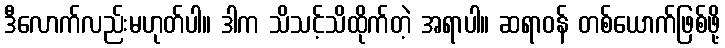
ဒီလောက်လည်းမဟုတ်ပါ။ ဒါက သိသင့်သိထိုက်တဲ့ အရာပါ။ ဆရာဝန် တစ်ယောက်ဖြစ်ဖို့